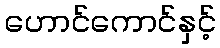
ဟောင်ကောင်နှင့်